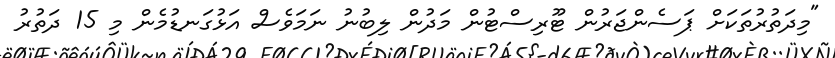
"މިދަތުރުތަކަށް ޕަސެންޖަރުން ޓޫރިސްޓުން މަދުން ލިބުނު ނަމަވެސް އަޅުގަނޑުމެން މި 15 ދަތުރު